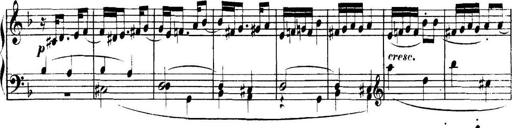
Title: Collected Piano Sonatas
Composer: Muzio Clementi